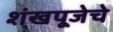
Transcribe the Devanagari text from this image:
शंखपूजेचे